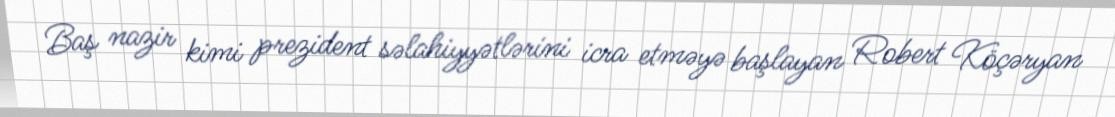
Baş nazir kimi prezident səlahiyyətlərini icra etməyə başlayan Robert Köçəryan